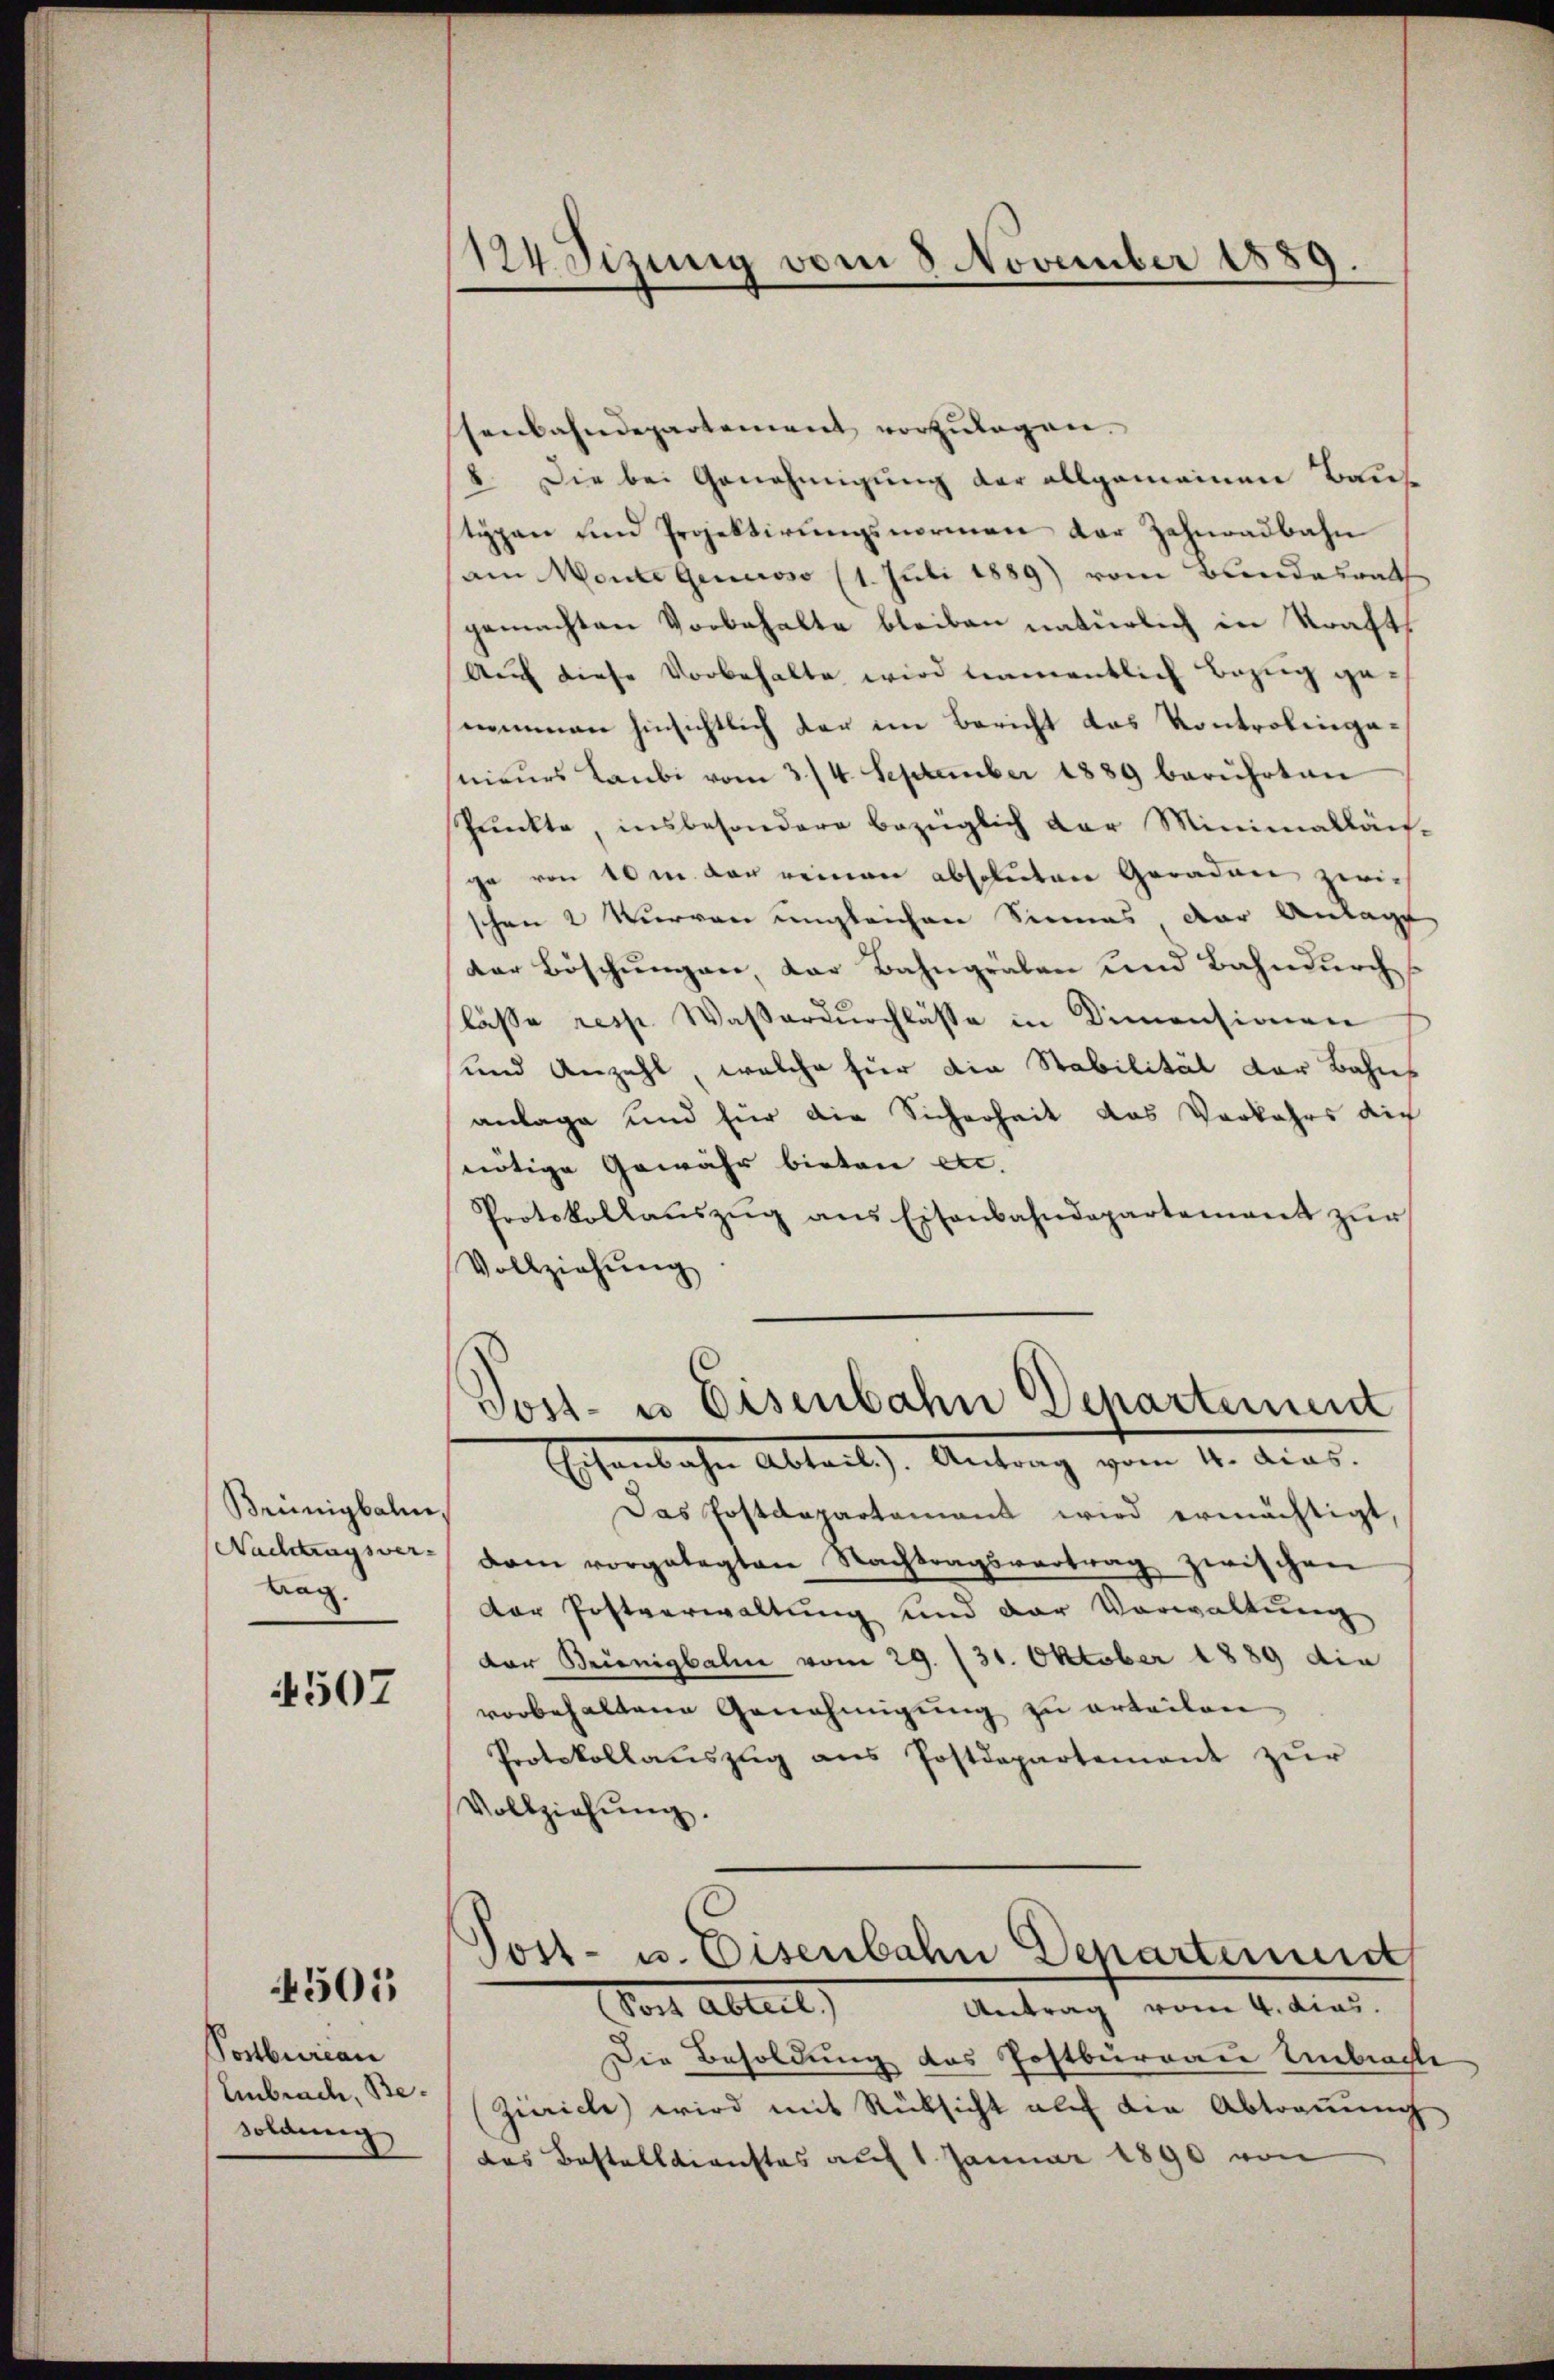
Brünigbahn,
Wachtragsver-
tag.

4507

505

Postbureau
Embrach, Besoldung

124. Sizung vom 8 November 1889.

senbahndepartement vorzulegen.
8. Die bei Genehmigung der allgemeinen Baustypen und Projektirŭngsnormen der Zahnradbahn
am Monte Generoso (1. Juli 1889 vom Bundesrath
gemachten Vorbehalte bleiben natürlich in Kraft,
Auf diese Vorbehalte wird namentlich Bezug genommen hinsichtlich der im Bericht das Kontroleiganieŭrs Laŭbi vom 3/4. September 1889 berŭhotan
Punkte, insbesondere bezüglich der Minimalläus-
ge von 10 m der reinen absoluten Geraden zwischen 2 Kurven ungleichen Sinnes der Anlage
der Böschungen, das Bahngräben und Bahndurch s
lasse resp. Wasserdurchlasse in Dimensionen
und Anzahl, welche für die Stabilität der Bahns
anlage und für die Sicherheit das Vorkehrs die
nötige Gewähr bieten etc.
Protokollaŭszŭg ans Eisenbahndepartement zŭr
Vollziehung
Post- u Eisenbahn Departement
Eisenbahn Abteil). Antrag vom 4. dies
Das Postdepartament wird ermächtigt
dam vorgelegten Nachtragsvertrag zwischen
der Postverwaltung und der Vorwaltung
dor Brienigbahn vom 29. 131. Oktober 1889 die
vorbehaltene Genehmigung zu erteilen,
Protokollaŭszŭg ans Postdepartement zŭr
Vollziehŭng.
Post- u. Eisenbahn Departenund
Vor Abteilt,
Antrag vom 4. dies
Die Besoldung des Postburgau Unbrachte
(Zürich) wird mit Rüksicht auf die Abtraŭŭng
das Bestellenstes auf 1. Januar 1890 von